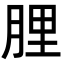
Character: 䤚